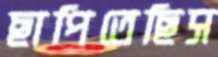
ছাপিতেছিস